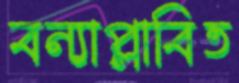
বন্যাপ্লাবিত